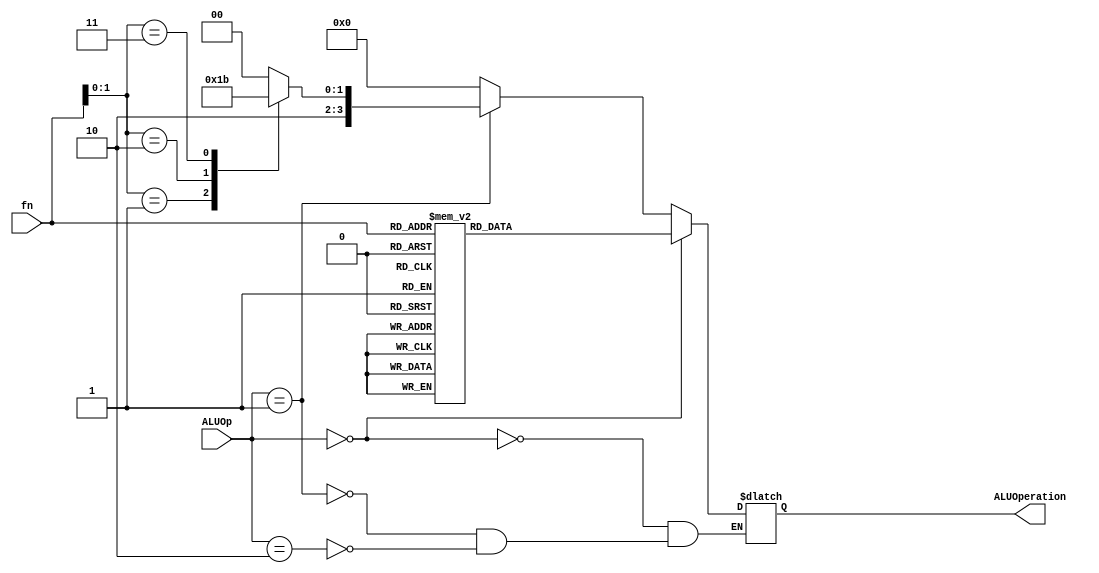
module ALUControl(input[2:0] ALUOp, input[2:0]fn, output reg [3:0] ALUOperation);
 parameter [2:0] ARTHEMATIC = 3'b000, SHIFT = 3'b001, MEM = 3'b010;
 always @(ALUOp, fn) begin
  if(ALUOp == ARTHEMATIC)
   case(fn)
    3'b000: ALUOperation <= 4'b0000; //add
    3'b001: ALUOperation <= 4'b0001; //addC
    3'b010: ALUOperation <= 4'b0010; //sub
    3'b011: ALUOperation <= 4'b0011; //subC
    3'b100: ALUOperation <= 4'b0100; //and
    3'b101: ALUOperation <= 4'b0101; //or
    3'b110: ALUOperation <= 4'b0110; //xor
    3'b111: ALUOperation <= 4'b0111; //Mask
    default: ALUOperation<= 4'b1111; //nothing !
   endcase
  else if(ALUOp == SHIFT) begin
    case(fn[1:0])
      2'b00: ALUOperation <= 4'b1000; //Shift left
      2'b01: ALUOperation <= 4'b1001; //Shift right
      2'b10: ALUOperation <= 4'b1010; //Rotate left
      2'b11: ALUOperation <= 4'b1011; //Rotate right
    endcase
  end
  else if(ALUOp == MEM) begin
    ALUOperation <= 4'b0000; //add address and r1
  end
 end
endmodule

module Contoller(input clk, rst ,input [18:0] Instruction, output reg RegWrite, ConstEnable, MemRead, MemWrite, MemToReg, RegTwoAddr, Branch, JumpSel, Change, push, pop, StackSel, Halt, output  [3:0] ALUOperation);
  reg [2:0] ALUOp;
  always @(posedge rst)begin
    RegWrite = 0;
    ConstEnable = 0;
    MemRead = 0;
    MemWrite = 0;
    MemToReg = 0;
    RegTwoAddr = 0;
    ALUOp = 3'b000;
    Branch = 0;
    JumpSel = 0;
    Change = 0;
    push = 0;
    pop = 0;
    StackSel = 0;
    Halt = 0;
  end
  
  always @ (Instruction) begin
    RegWrite = 0;
    ConstEnable = 0;
    MemRead = 0;
    MemWrite = 0;
    MemToReg = 0;
    Change = 0;
    RegTwoAddr = 0;
    ALUOp = 3'b000;
    Branch = 0;
    JumpSel = 0;
    push = 0;
    pop = 0;
    StackSel = 0; 
    Halt = 0;
    //Halt
    if(Instruction[18:0] == 19'b1111111111111111111)begin
      Halt = 1;
    end
    else if(Instruction[18:17] == 2'b00)begin
      Change = 1;
      RegWrite = 1'b1;
      ALUOp = 3'b000;
    end
    else if(Instruction[18:17] == 2'b01)begin
      RegWrite = 1'b1;
      ConstEnable = 1'b1;
      ALUOp = 3'b000;
      Change = 1;
    end
    else if(Instruction[18:16] == 3'b110)begin
      RegWrite = 1'b1;
      ALUOp = 3'b001;
    end
    else if(Instruction[18:16] == 3'b100)begin
      if(Instruction[15:14] == 2'b00) begin
        MemRead = 1'b1;
        RegWrite = 1'b1;
      end
      else if ( Instruction[15:14] == 2'b01)
        MemWrite = 1'b1;
      MemToReg = 1'b1;
      ALUOp = 3'b010;
      ConstEnable = 1'b1;
      RegTwoAddr = 1'b1;
    end
    else if(Instruction[18:16] == 3'b101)begin
      Branch = 1'b1;
    end
    else if(Instruction[18:14] == 5'b11100)begin
      JumpSel = 1'b1;
    end
    else if(Instruction[18:14] == 5'b11101)begin
      JumpSel = 1'b1;
      push = 1'b1;
    end
    else if(Instruction[18:13] == 6'b111100)begin
      StackSel = 1'b1;
      pop = 1'b1;
    end
    //HALT :
    
  end
  ALUControl ALUControl(ALUOp, Instruction[16:14], ALUOperation);
endmodule